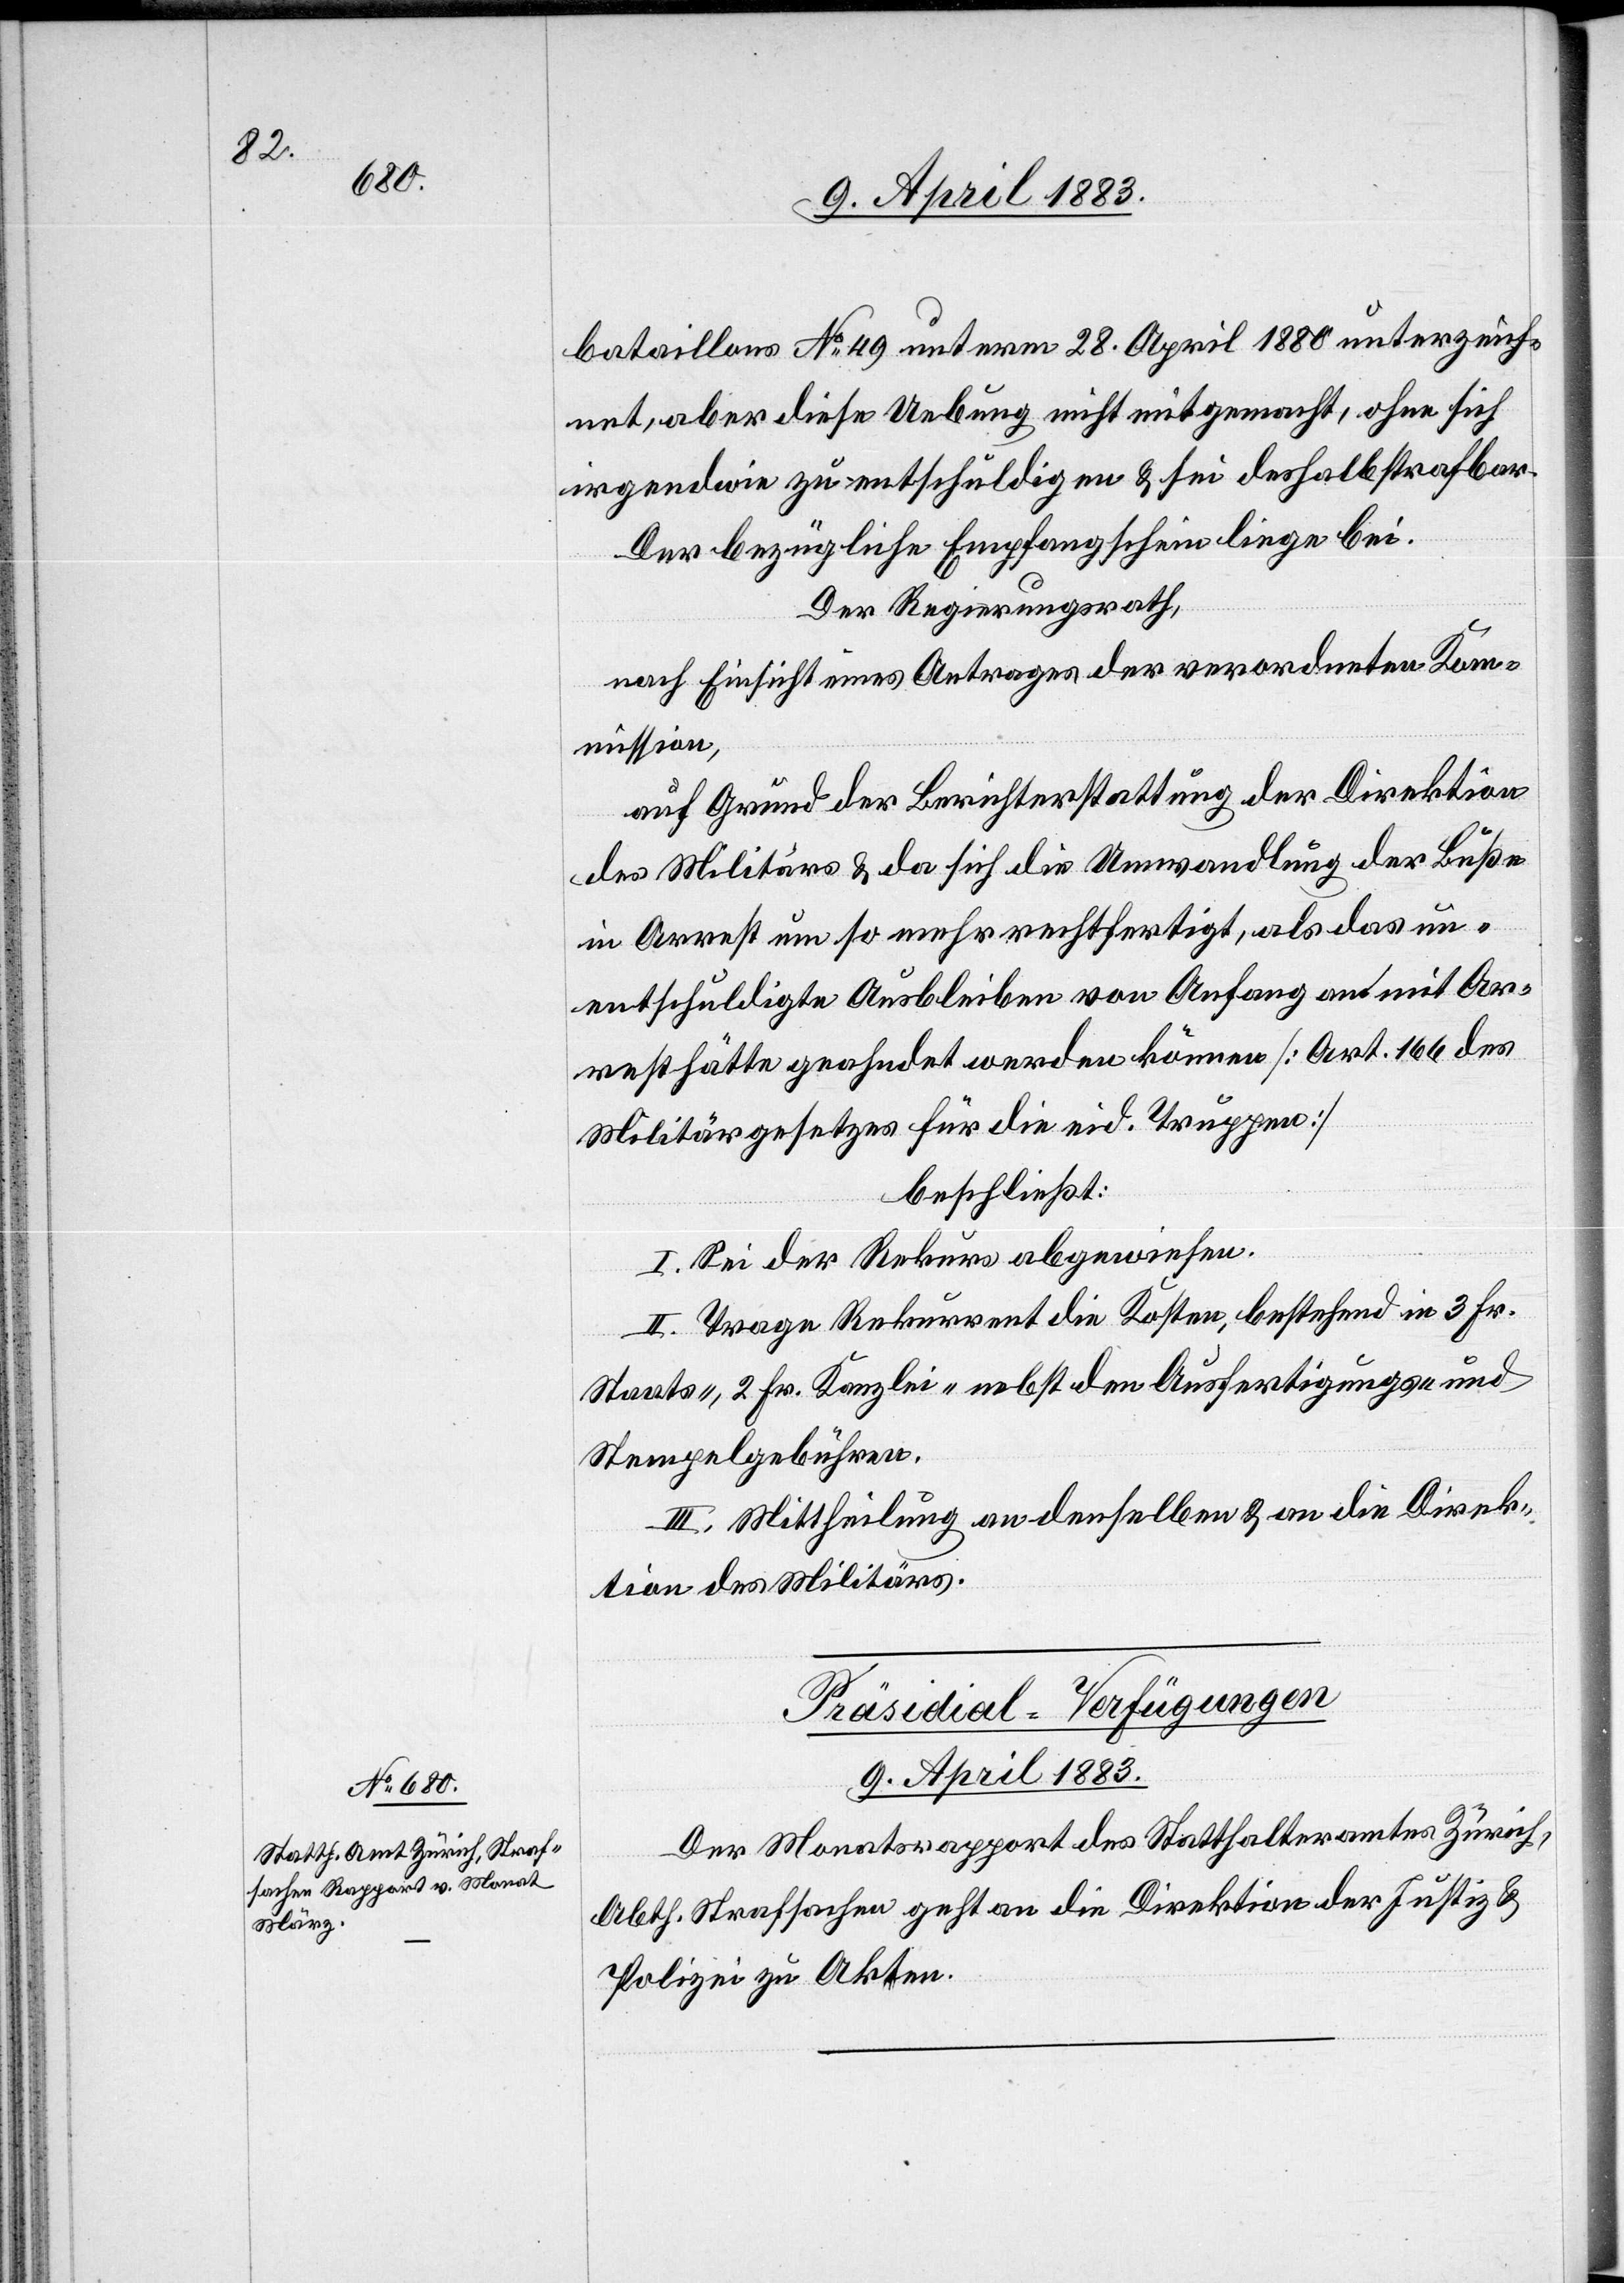
bataillons No 49 unterm 28. April 1880 unterzeich¬
net, aber diese Uebung nicht mitgemacht, ohne sich
irgendwie zu entschuldigen & sei deshalb strafbar.
Der bezügliche Empfangschein liege bei.
Der Regierungsrath,
nach Einsicht eines Antrages der verordneten Kom¬
mission,
auf Grund der Berichterstattung der Direktion
des Militärs & da sich die Umwandlung der Buße
in Arrest um so mehr rechtfertigt, als das un¬
entschuldigte ausbleiben von Anfang an mit Ar¬
rest hätte geahndet werden können [Art. 166 des
Militärgesetzes für die eid. Truppen]
beschließt:
I. Sei der Rekurs abgewiesen.
II. Trage Rekurrent die Kosten, bestehend in 3 Fr.
Staats-, 2 Fr. Kanzlei- nebst den Ausfertigungs- und
Stempelgebühren.
III. Mittheilung an denselben & an die Direk¬
tion des Militärs.
Präsidial-Verfügungen
9. April 1883.
Der Monatsrapport des Statthalteramtes Zürich,
Abth. Strafsachen geht an die Direktion der Justiz &
Polizei zu Akten.